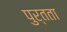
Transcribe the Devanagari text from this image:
पुर्तता